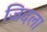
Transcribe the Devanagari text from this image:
जिदला